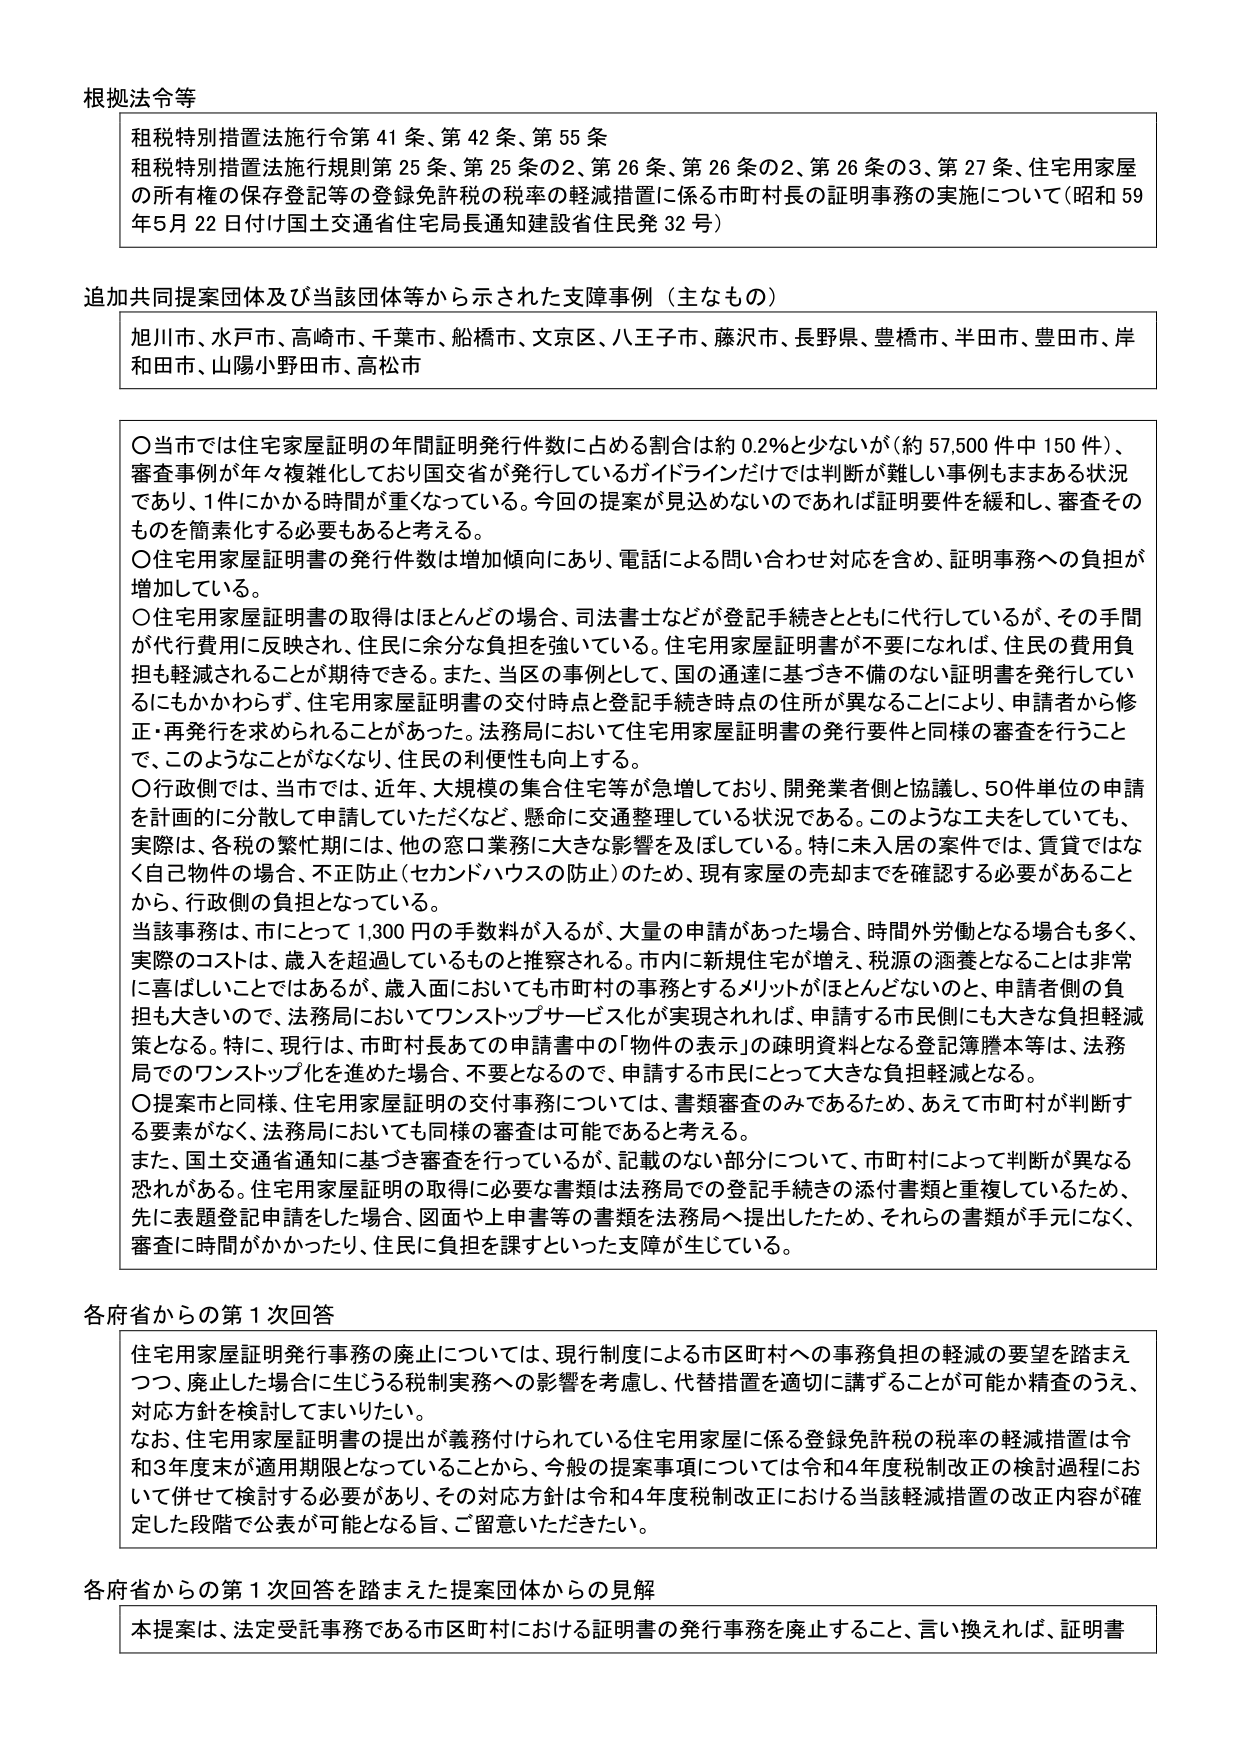
根拠法令等
租税特別措置法施行令第41条、第42条、第55条
租税特別措置法施行規則第25条、第25条の2、第26条、第26条の2、第26条の3、第27条、住宅用家屋の所有権の保存登記等の登録免許税の税率の軽減措置に係る市町村長の証明事務の実施について（昭和59年5月22日付け国土交通省住宅局長通知建設省住民発32号）

追加共同提案団体及び当該団体等から示された支援事例（主なもの）
旭川市、水戸市、高崎市、千葉市、船橋市、文京区、八王子市、藤沢市、長野県、豊橋市、半田市、豊田市、岸和田市、山陽小野田市、高松市

〇当市では住宅家屋証明の年間証明発行件数に占める割合は約0.2％と少ないが（約57,500件中150件）、審査事例が年々複雑化しており国交省が発行しているガイドラインだけでは判断が難しい事例もままする状況であり、1件にかかる時間が重くなっている。今回の提案が見込めないのであれば証明要件を緩和し、審査そのものを簡素化する必要もあると考える。
〇住宅用家屋証明書の発行件数は増加傾向にあり、電話による問い合わせ対応を含め、証明事務への負担が増加している。
〇住宅用家屋証明書の取得はほとんどの場合、司法書士などが登記手続きとともに代行しているが、その手間が代行費用に反映され、住民に余分な負担を強いている。住宅用家屋証明書が不要になれば、住民の費用負担も軽減されることが期待できる。また、当区の事例として、国の通達に基づき不備のない証明書を発行しているにもかかわらず、住宅用家屋証明書の交付時点と登記手続き時点の住所が異なることにより、申請者から修正・再発行を求められることがあった。法務局において住宅用家屋証明書の発行要件と同様の審査を行うことで、このようなことがなくなり、住民の利便性も向上する。
〇行政側では、当市では、近年、大規模の集合住宅等が急増しており、開発業者側と協議し、50件単位の申請を計画的に分散して申請していただくなど、懸命に交通整理している状況である。このような工夫をしていても、実際は、各税の繁忙期には、他の窓口業務に大きな影響を及ぼしている。特に未入居の案件では、賃貸ではなく自己物件の場合、不正防止（セカンドハウスの防止）のため、現有家屋の売却までを確認する必要があることから、行政側の負担となっている。
当該事務は、市にとって1,300円の手数料が入るが、大量の申請があった場合、時間外労働となる場合も多く、実際のコストは、歳入を超過しているものと推察される。市内に新規住宅が増え、税源の涵養となることは非常に喜ばしいことであるが、歳入面においても市町村の事務とするメリットがほとんどないのと、申請者側の負担も大きいので、法務局においてワンストップサービス化が実現されれば、申請する市民側にも大きな負担軽減策となる。特に、現行は、市町村長あての申請書中の「物件の表示」の疎明資料となる登記簿謄本等は、法務局でのワンストップ化を進めた場合、不要となるので、申請する市民にとって大きな負担軽減となる。
〇提案市と同様、住宅用家屋証明の交付事務については、書類審査のみであるため、あえて市町村が判断する要素がなく、法務局においても同様の審査は可能であると考える。
また、国土交通省通知に基づき審査を行っているが、記載のない部分について、市町村によって判断が異なる恐れがある。住宅用家屋証明の取得に必要な書類は法務局での登記手続きの添付書類と重複しているため、先に表題登記申請をした場合、図面や上申書等の書類を法務局へ提出したため、それらの書類が手元になく、審査に時間がかかったり、住民に負担を課すといった支障が生じている。

各府省からの第1次回答
住宅用家屋証明発行事務の廃止については、現行制度による市区町村への事務負担の軽減の要望を踏まえつつ、廃止した場合に生じうる税制実務への影響を考慮し、代替措置を適切に講ずることが可能か精査のうえ、対応方針を検討してまいりたい。
なお、住宅用家屋証明書の提出が義務付けられている住宅用家屋に係る登録免許税の税率の軽減措置は令和3年度末で適用期限となっていてことから、今般の提案事項については令和4年度税制改正の検討過程において併せて検討する必要があり、その対応方針は令和4年度税制改正における当該軽減措置の改正内容が確定した段階で公表が可能となる旨、ご留意いただきたい。

各府省からの第1次回答を踏まえた提案団体からの見解
本提案は、法定受託事務である市区町村における証明書の発行事務を廃止すること、言い換えれば、証明書